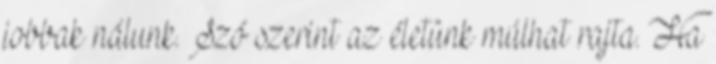
jobbak nálunk. Szó szerint az életünk múlhat rajta. Ha